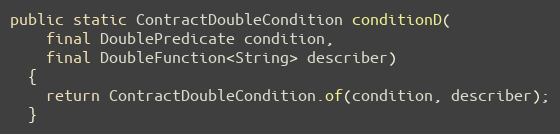
Language: Java
public static ContractDoubleCondition conditionD(
    final DoublePredicate condition,
    final DoubleFunction<String> describer)
  {
    return ContractDoubleCondition.of(condition, describer);
  }